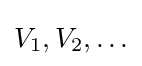
V_{1},V_{2},\ldots